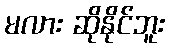
မလား ဆိုနိုင်ဘူး